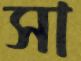
সা